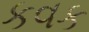
કવક